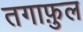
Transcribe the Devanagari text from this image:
तगाफ़ुल